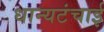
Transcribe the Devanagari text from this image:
धान्यटंचाई